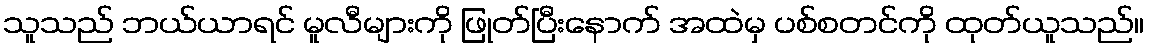
သူသည် ဘယ်ယာရင် မူလီများကို ဖြုတ်ပြီးနောက် အထဲမှ ပစ်စတင်ကို ထုတ်ယူသည်။